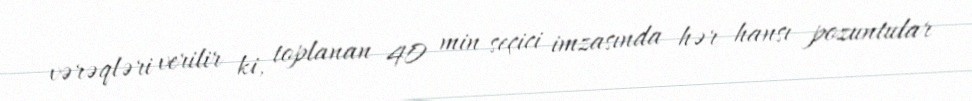
vərəqləri verilir ki, toplanan 40 min seçici imzasında hər hansı pozuntular